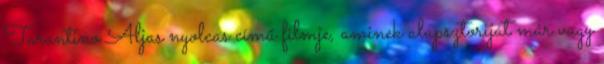
Tarantino Aljas nyolcas című filmje, aminek alapsztoriját már vagy